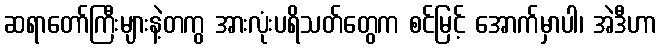
ဆရာတော်ကြီးများနဲ့တကွ အားလုံးပရိသတ်တွေက စင်မြင့် အောက်မှာပါ၊ အဲဒီဟာ